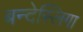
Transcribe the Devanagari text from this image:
बन्देस्लिगा